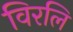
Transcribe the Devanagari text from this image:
विरलि